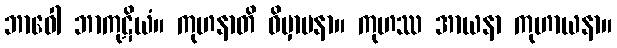
ဘာဝေါ ဘာကုဋိယံ။ ကုဟနာတိ ဝိမှာပနာ။ ကုဟဿ အာယနာ ကုဟာယနာ။